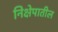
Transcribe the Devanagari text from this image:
निक्षेपातील